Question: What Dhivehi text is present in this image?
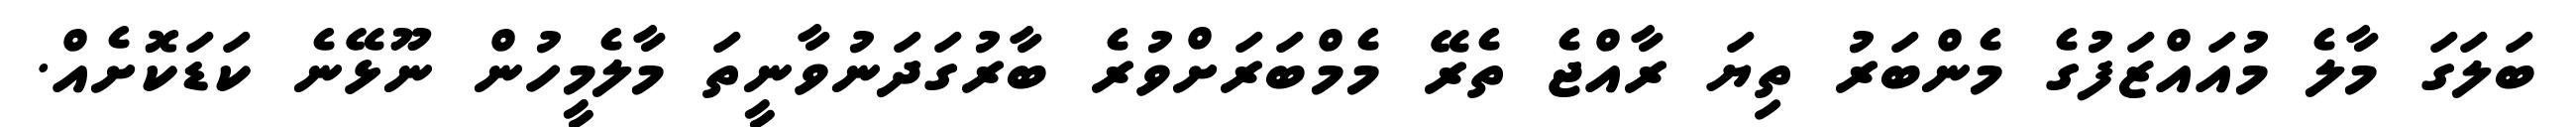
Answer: ބަލަގަ މާލެ މުއައްޒަފުގެ މެންބަރު ތިޔަ ރާއްޖެ ތެރޭ މެމްބަރަށްވުރެ ބާރުގަދަނުވާނީތަ މާލެމީހުން ނޫޅޭނެ ކަޑަކޮށެއް.